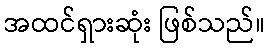
အထင်ရှားဆုံး ဖြစ်သည်။